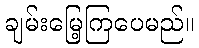
ချမ်းမြေ့ကြပေမည်။